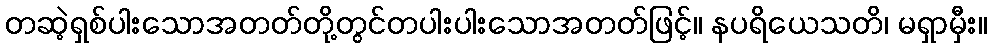
တဆဲ့ရှစ်ပါးသောအတတ်တို့တွင်တပါးပါးသောအတတ်ဖြင့်။ နပရိယေသတိ၊ မရှာမှီး။